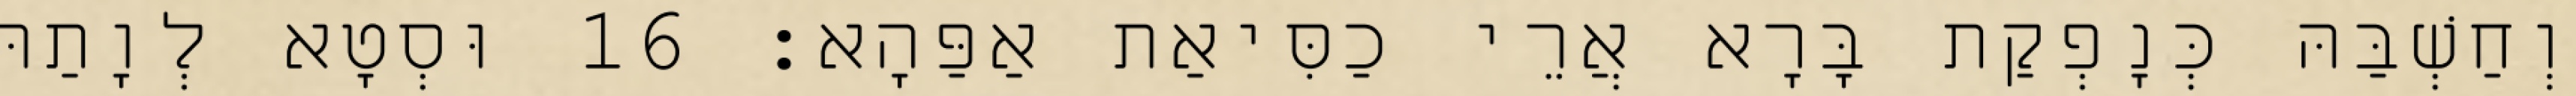
וְחַשְׁבַּהּ כְּנָפְקַת בָּרָא אֲרֵי כַסִּיאַת אַפַּהָא׃ 16 וּסְטָא לְוָתַהּ